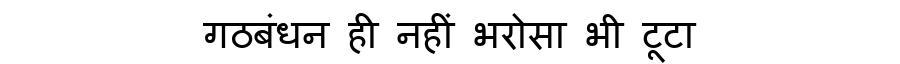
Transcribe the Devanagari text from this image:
गठबंधन ही नहीं भरोसा भी टूटा